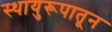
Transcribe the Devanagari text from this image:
स्थायुरूपातून